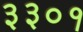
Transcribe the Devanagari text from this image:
३३०१